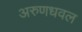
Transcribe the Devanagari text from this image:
अरुणधवल